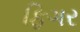
ફિગર